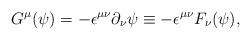
LaTeX: \begin{align*}G^{\mu}(\psi)=-{\epsilon}^{{\mu}{\nu}}{\partial}_{\nu}{\psi}\equiv -{\epsilon}^{{\mu}{\nu}}F_{\nu}({\psi}),\end{align*}